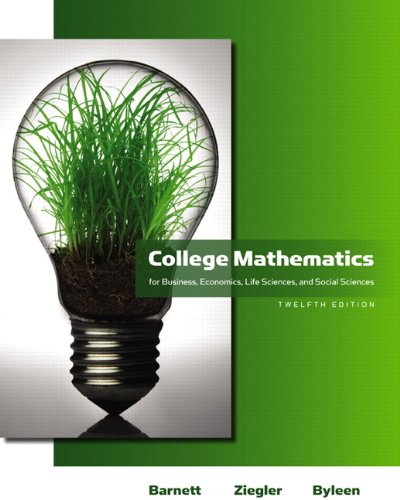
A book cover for College Mathematics for Business, Economics, Life Sciences and Social Sciences (12th Edition) (Barnett); Raymond A. Barnett; Business & Money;